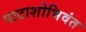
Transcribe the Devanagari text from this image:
पाटाशोभिवंत